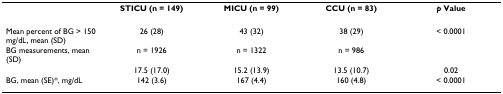
<table><thead><tr><td></td><td><b>STICU (n = 149)</b></td><td><b>MICU (n = 99)</b></td><td><b>CCU (n = 83)</b></td><td><b><i>p </i>Value</b></td></tr></thead><tbody><tr><td>Mean percent of BG &gt; 150 mg/dL, mean (SD)</td><td>26 (28)</td><td>43 (32)</td><td>38 (29)</td><td>&lt; 0.0001</td></tr><tr><td>BG measurements, mean (SD)</td><td>n = 1926</td><td>n = 1322</td><td>n = 986</td><td></td></tr><tr><td></td><td>17.5 (17.0)</td><td>15.2 (13.9)</td><td>13.5 (10.7)</td><td>0.02</td></tr><tr><td>BG, mean (SE)*, mg/dL</td><td>142 (3.6)</td><td>167 (4.4)</td><td>160 (4.8)</td><td>&lt; 0.0001</td></tr></tbody></table>